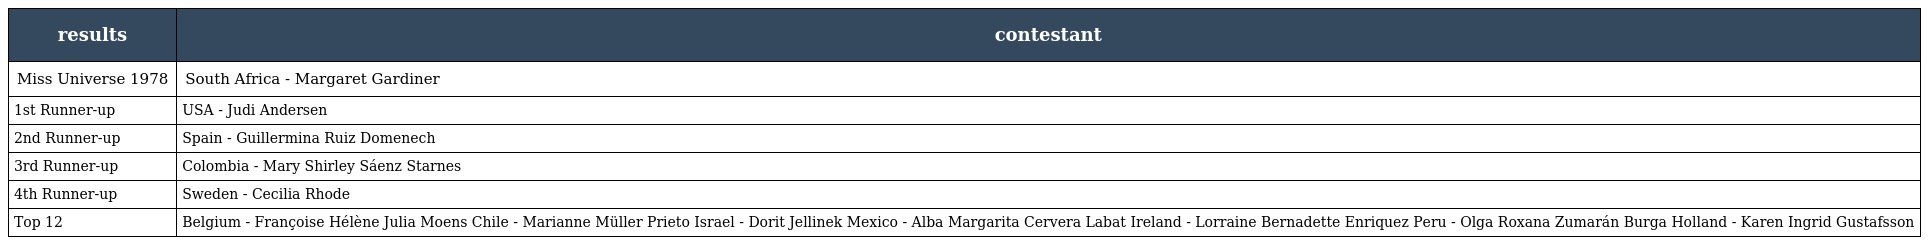
| results | contestant |
 | --- | --- |
 | Miss Universe 1978 | South Africa - Margaret Gardiner |
 | 1st Runner-up | USA - Judi Andersen |
 | 2nd Runner-up | Spain - Guillermina Ruiz Domenech |
 | 3rd Runner-up | Colombia - Mary Shirley Sáenz Starnes |
 | 4th Runner-up | Sweden - Cecilia Rhode |
 | Top 12 | Belgium - Françoise Hélène Julia Moens Chile - Marianne Müller Prieto Israel - Dorit Jellinek Mexico - Alba Margarita Cervera Labat Ireland - Lorraine Bernadette Enriquez Peru - Olga Roxana Zumarán Burga Holland - Karen Ingrid Gustafsson |